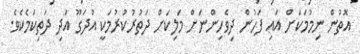
އޮތުން ނިމުމަކަށް އައި ފަހުން ދިވެހިންނަށް މަލިކަށް ދަތުރުކުރުމަކީ އުދަގޫ އަދި ދަތިކަމެކެވެ.